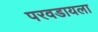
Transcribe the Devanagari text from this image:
परवडायला